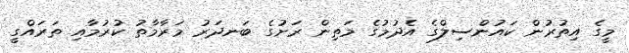
މީގެ އިތުރުން ކައުންސިލްގެ އެދުމުގެ މަތިން ރަށުގެ ބަނދަރު މަރާމާތު ކުރުމާއި ތަރައްގީ